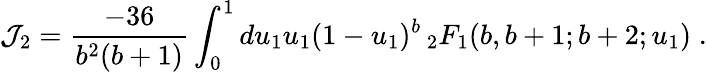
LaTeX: {\cal J}_{2}=\frac{-36}{b^{2}(b+1)}\int_{0}^{1}du_{1}u_{1}(1-u_{1})^{b}\, {}_{2}F_{1}(b,b+1;b+2;u_{1})\; .